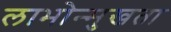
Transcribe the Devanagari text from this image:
लाभोन्मुखता